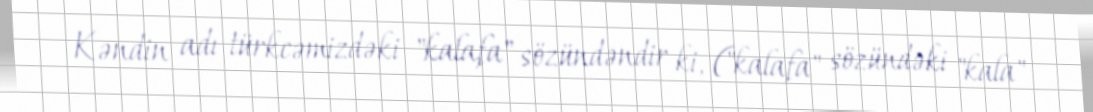
Kəndin adı türkcəmizdəki "kalafa" sözündəndir ki, ("kalafa" sözündəki "kala"